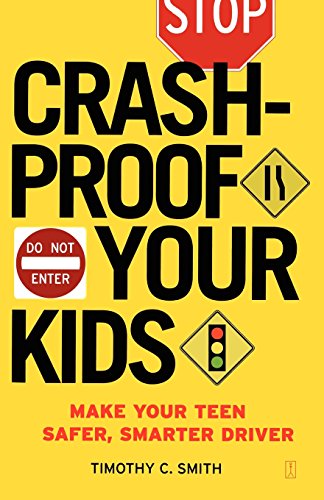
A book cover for Crash-Proof Your Kids: Make Your Teen a Safer, Smarter Driver; Timothy C. Smith; Test Preparation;